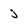
Character: j